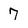
Character: 7